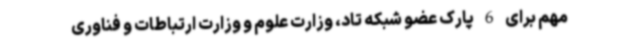
مهم برای 6 پارک عضو شبکه تاد، وزارت علوم و وزارت ارتباطات و فناوری